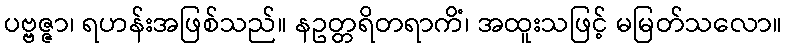
ပဗ္ဗဇ္ဇာ၊ ရဟန်းအဖြစ်သည်။ နဥတ္တရိတရာကိံ၊ အထူးသဖြင့် မမြတ်သလော။